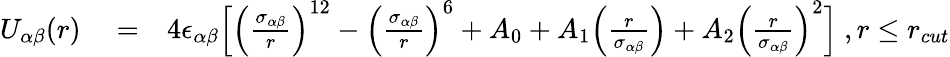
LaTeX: \begin{array}{rlr}{U_{\alpha\beta}(r)}&{{}=}&{4\epsilon_{\alpha\beta}\Big[\Big(\frac{\sigma_{\alpha\beta}}{r}\Big)^{12}-\Big(\frac{\sigma_{\alpha\beta}}{r}\Big)^{6}+A_{0}+A_{1}\Big(\frac{r}{\sigma_{\alpha\beta}}\Big)+A_{2}\Big(\frac{r}{\sigma_{\alpha\beta}}\Big)^{2}\Big]\ ,r\le r_{cut}}\end{array}